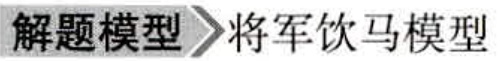
解题模型 将军饮马模型